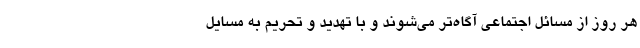
هر روز از مسائل اجتماعی آگاه‌تر می‌شوند و با تهدید و تحریم به مسایل